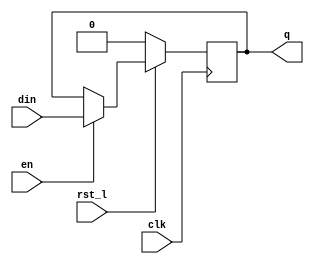
module dffrle_ns_1 (din, rst_l, en, clk, q);
parameter SIZE = 1;
input	[SIZE-1:0]	din ;	
input			en ;	
input			rst_l ;	
input			clk ;	
output	[SIZE-1:0]	q ;	
reg 	[SIZE-1:0]	q ;
always @ (posedge clk)
  q[SIZE-1:0] <= rst_l ? ((en) ? din[SIZE-1:0] : q[SIZE-1:0]) : {SIZE{1'b0}} ;
endmodule